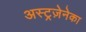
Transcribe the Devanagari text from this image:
अस्ट्रज़ेनेका